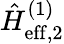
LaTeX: \hat{H}_{\mathrm{eff},2}^{(1)}